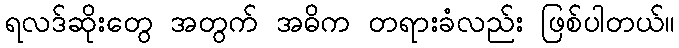
ရလဒ်ဆိုးတွေ အတွက် အဓိက တရားခံလည်း ဖြစ်ပါတယ်။